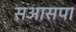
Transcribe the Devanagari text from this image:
सआसपा